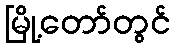
မြို့တော်တွင်